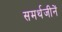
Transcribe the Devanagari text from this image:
समर्थजीनें